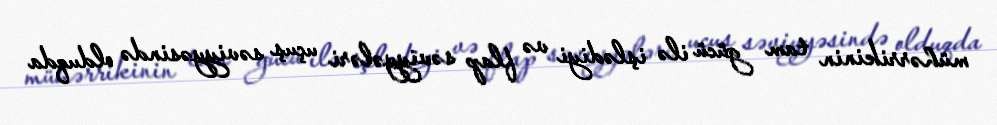
mühərrikinin tam gücü ilə işlədiyi və flap səviyyələri uçuş səviyyəsində olduqda